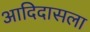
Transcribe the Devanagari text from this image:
आदिदासला